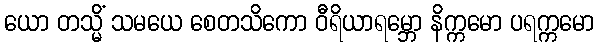
ယော တသ္မိံ သမယေ စေတသိကော ဝီရိယာရမ္ဘော နိက္ကမော ပရက္ကမော